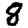
Digit: 8